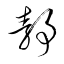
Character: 静